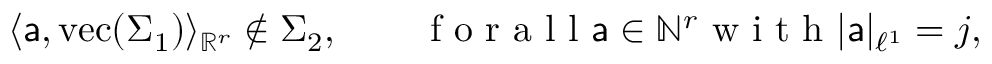
\langle \mathsf { a } , \mathrm { v e c } ( \Sigma _ { 1 } ) \rangle _ { \mathbb { R } ^ { r } } \notin \Sigma _ { 2 } , \qquad \mathrm { ~ f ~ o ~ r ~ a ~ l ~ l ~ } \mathsf { a } \in \mathbb { N } ^ { r } \mathrm { ~ w ~ i ~ t ~ h ~ } | \mathsf { a } | _ { \ell ^ { 1 } } = j ,